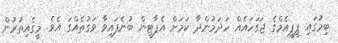
ބިމުގައި ޕީޕީއެމްގެ ޖަގަހައެއް ހަދަމުންދާ ކަމަށް އެޕާޓީން ބުނެފައިވާ ވަގުތެއްގަ އެވެ. މީގެއިތުރުން